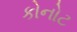
કોનોટ